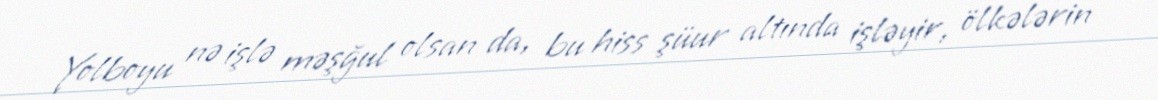
Yolboyu nə işlə məşğul olsan da, bu hiss şüur altında işləyir, ölkələrin